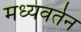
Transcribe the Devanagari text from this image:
मध्यवर्तन